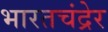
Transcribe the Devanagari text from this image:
भारतचंद्रेर